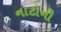
નાટોની